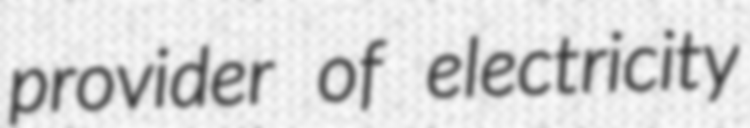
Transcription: provider of electricity